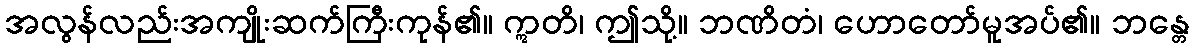
အလွန်လည်းအကျိုးဆက်ကြီးကုန်၏။ ဣတိ၊ ဤသို့။ ဘဏိတံ၊ ဟောတော်မူအပ်၏။ ဘန္တေ